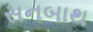
સનબાથ